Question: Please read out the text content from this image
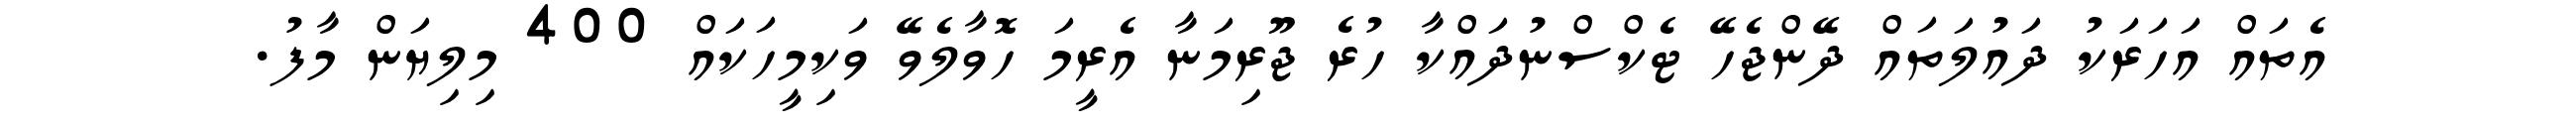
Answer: އެތައް އަހަރަކު ދައުލަތައް ދޭންޖެހޭ ޓެކްސްނުދައްކާ ހުރެ ޖޫރިމަނާ އެރީމަ ހޮވާލެވޭ ވަކިމީހަކައް 400 މިލިޔަން މާފު.